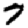
Digit: 7